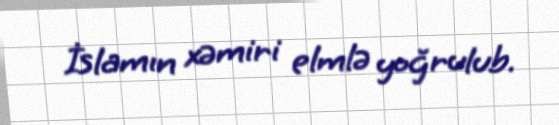
İslamın xəmiri elmlə yoğrulub.